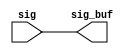
module iob_jbi_rptr_1 (/*AUTOARG*/
   // Outputs
   sig_buf, 
   // Inputs
   sig
   );

// This repeater has 136 bits
output	[135:0]	 sig_buf;
input	[135:0]	 sig;


assign	sig_buf = sig;



endmodule